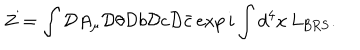
Z = \int { \cal D } A _ { \mu } { \cal D } \theta { \cal D } b { \cal D } c { \cal D } \bar { c } \exp i \int d ^ { 4 } x \, L _ { \mathrm { B R S } } .